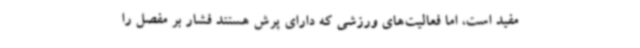
مفید است، اما فعالیت‌های ورزشی که دارای پرش هستند فشار بر مفصل را